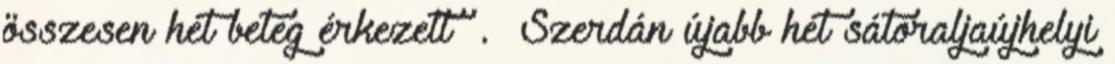
összesen hét beteg érkezett . Szerdán újabb hét sátoraljaújhelyi